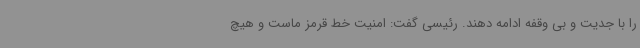
را با جدیت و بی وقفه ادامه دهند. رئیسی گفت: امنیت خط قرمز ماست و هیچ